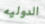
الدوليه